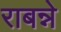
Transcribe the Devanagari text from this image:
राबन्ने